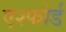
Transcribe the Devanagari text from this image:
एश्फोर्ड